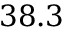
3 8 . 3